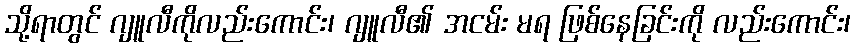
သို့ရာတွင် ဂျူလီကိုလည်းကောင်း၊ ဂျူလီ၏ အငမ်း မရ ဖြစ်နေခြင်းကို လည်းကောင်း၊